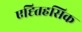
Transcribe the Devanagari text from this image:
एह्तिहसिक